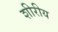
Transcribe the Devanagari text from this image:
शीरीय